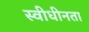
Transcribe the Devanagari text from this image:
स्वीधीनता